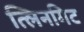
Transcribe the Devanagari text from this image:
त्लिनगिट